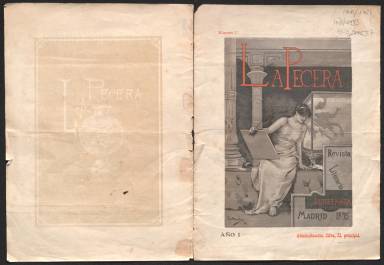
Título: La Pecera (Madrid)
Colección: Literatura
Ámbito geográfico: Madrid
Lugar de publicación: Madrid
Fechas: 10/04/1895-10/04/1895